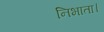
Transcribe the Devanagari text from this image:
निभाता।